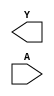
module TWOSCOMP64(Y,A);
//output list
output [63:0] Y;
//input list
input [63:0] A;

// TBD

endmodule